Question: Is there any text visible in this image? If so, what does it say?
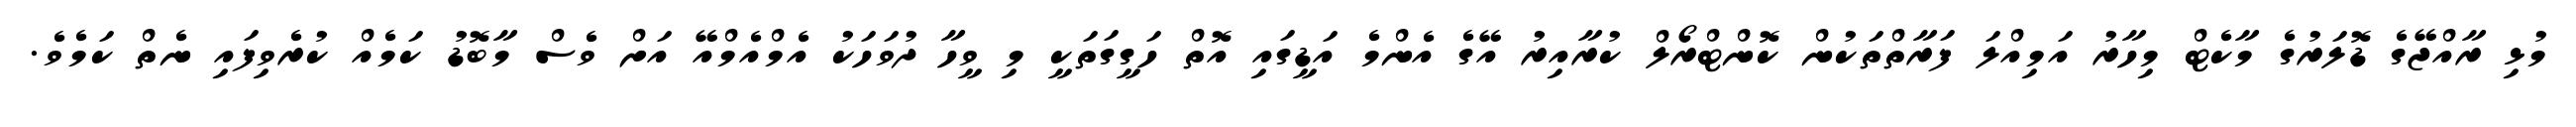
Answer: މުޅި ރާއްޖޭގެ ޑޮލަރުގެ މާކެޓް މިހާރު އަމިއްލަ ފަރާތްތަކުން ކޮންޓްރޯލް ކުރާއިރު އޭގެ އެންމެ އަޑީގައި އޮތް ހަގީގަތަކީ މި ވީހާ ދުވަހަކު އެމްއެމްއޭ އަށް ވެސް މާބޮޑު ކަމެއް ކުރެވިފައި ނެތް ކަމެވެ.